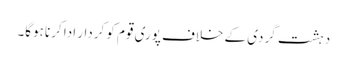
دہشت گردی کے خلاف پوری قوم کو کردار ادا کرنا ہوگا۔